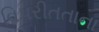
વિપરીતતાના